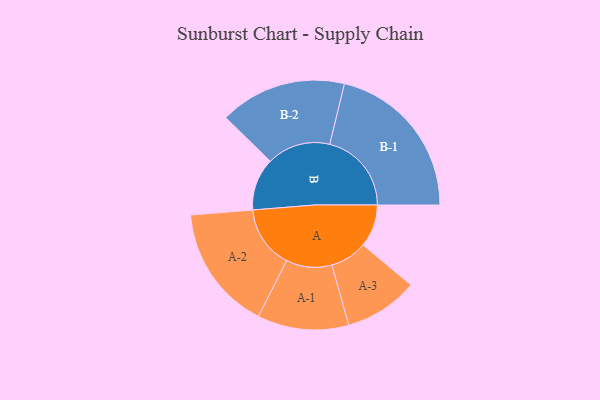
{"axis": {"x": "Segment", "y": "Value"}, "legend": ["", "A", "B"], "data": [{"x": "A", "y": 151, "type": ""}, {"x": "B", "y": 186, "type": ""}, {"x": "A-1", "y": 162, "type": "A"}, {"x": "A-2", "y": 222, "type": "A"}, {"x": "A-3", "y": 131, "type": "A"}, {"x": "B-1", "y": 290, "type": "B"}, {"x": "B-2", "y": 225, "type": "B"}]}